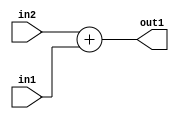
`timescale 1ps / 1ps
/*****************************************************************************
    Verilog RTL Description
    
    
    Created by: Stratus DpOpt 21.05.01 
*******************************************************************************/

module SobelFilter_Add_5Ux4U_6U_1 (
	in2,
	in1,
	out1
	); /* architecture "behavioural" */ 
input [4:0] in2;
input [3:0] in1;
output [5:0] out1;
wire [5:0] asc001;

assign asc001 = 
	+(in2)
	+(in1);

assign out1 = asc001;
endmodule

/* CADENCE  ubD2Qwg= : u9/ySxbfrwZIxEzHVQQV8Q== ** DO NOT EDIT THIS LINE ******/